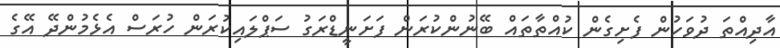
އާދިއްތަ ދުވަހުން ފެށިގެން ކުއްތާތައް ބޭނުންކުރަން ފަށަނީޑްރަގު ސަޕްލައިކުރަން ހުރަސް އެޅެމުންދޭ އޭގެ